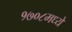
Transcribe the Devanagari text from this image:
१७०८मध्ये